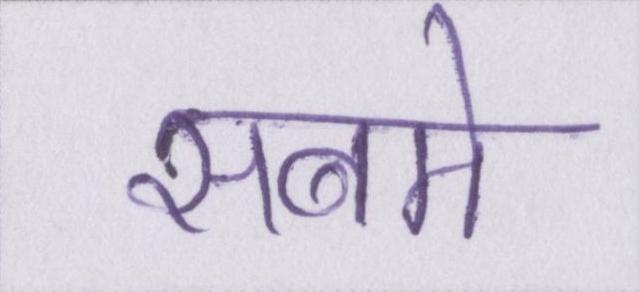
सबमे